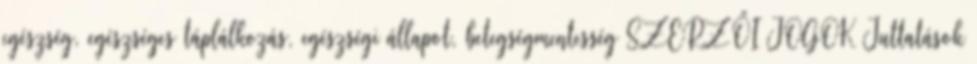
egészség, egészséges táplálkozás, egészségi állapot, betegségmentesség SZERZŐI JOGOK Juttatások